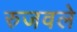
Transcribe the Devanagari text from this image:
रुजवले